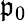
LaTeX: \mathfrak{p}_{0}